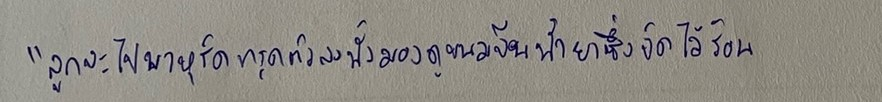
"ลูกจะไปพาหุรัดทรุดตัวลงนั่งมองดูขนมจีนน้ำยาซึ่งจัดไว้ร้อน